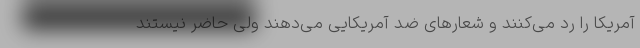
آمریکا را رد می‌کنند و شعارهای ضد آمریکایی می‌دهند ولی حاضر نیستند